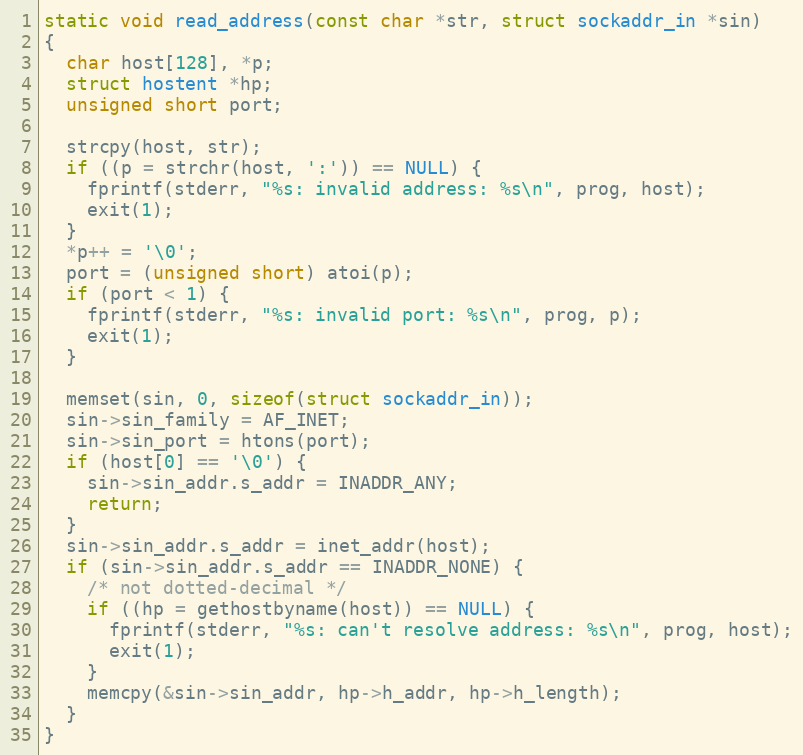
Language: C
static void read_address(const char *str, struct sockaddr_in *sin)
{
  char host[128], *p;
  struct hostent *hp;
  unsigned short port;

  strcpy(host, str);
  if ((p = strchr(host, ':')) == NULL) {
    fprintf(stderr, "%s: invalid address: %s\n", prog, host);
    exit(1);
  }
  *p++ = '\0';
  port = (unsigned short) atoi(p);
  if (port < 1) {
    fprintf(stderr, "%s: invalid port: %s\n", prog, p);
    exit(1);
  }

  memset(sin, 0, sizeof(struct sockaddr_in));
  sin->sin_family = AF_INET;
  sin->sin_port = htons(port);
  if (host[0] == '\0') {
    sin->sin_addr.s_addr = INADDR_ANY;
    return;
  }
  sin->sin_addr.s_addr = inet_addr(host);
  if (sin->sin_addr.s_addr == INADDR_NONE) {
    /* not dotted-decimal */
    if ((hp = gethostbyname(host)) == NULL) {
      fprintf(stderr, "%s: can't resolve address: %s\n", prog, host);
      exit(1);
    }
    memcpy(&sin->sin_addr, hp->h_addr, hp->h_length);
  }
}